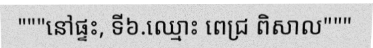
"""នៅផ្ទះ, ទី៦.ឈ្មោះ ពេជ្រ ពិសាល"""